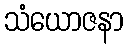
သံယောဇနာ